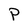
Character: P